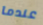
عندما